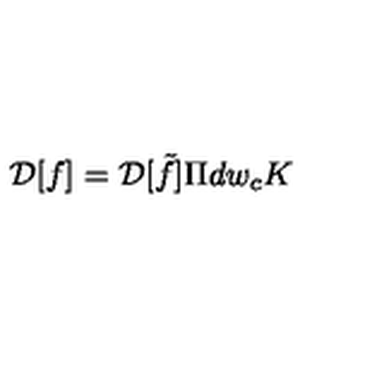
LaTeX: { \cal D } [ f ] = { \cal D } [ \tilde { f } ] \Pi d w _ { c } K